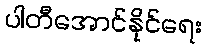
ပါတီအောင်နိုင်ရေး